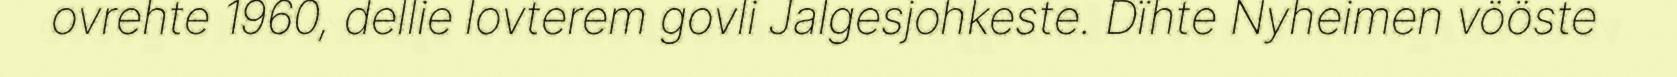
ovrehte 1960, dellie lovterem govli Jalgesjohkeste. Dïhte Nyheimen vööste